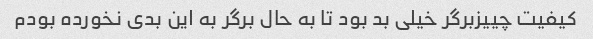
کیفیت چییزبرگر خیلی بد بود تا به حال برگر به این بدی نخورده بودم